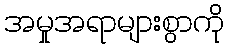
အမှုအရာများစွာကို